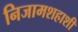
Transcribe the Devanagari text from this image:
निजामशहाशी